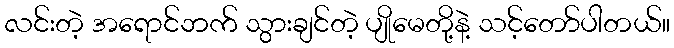
လင်းတဲ့ အရောင်ဘက် သွားချင်တဲ့ ပျိုမေတို့နဲ့ သင့်တော်ပါတယ်။